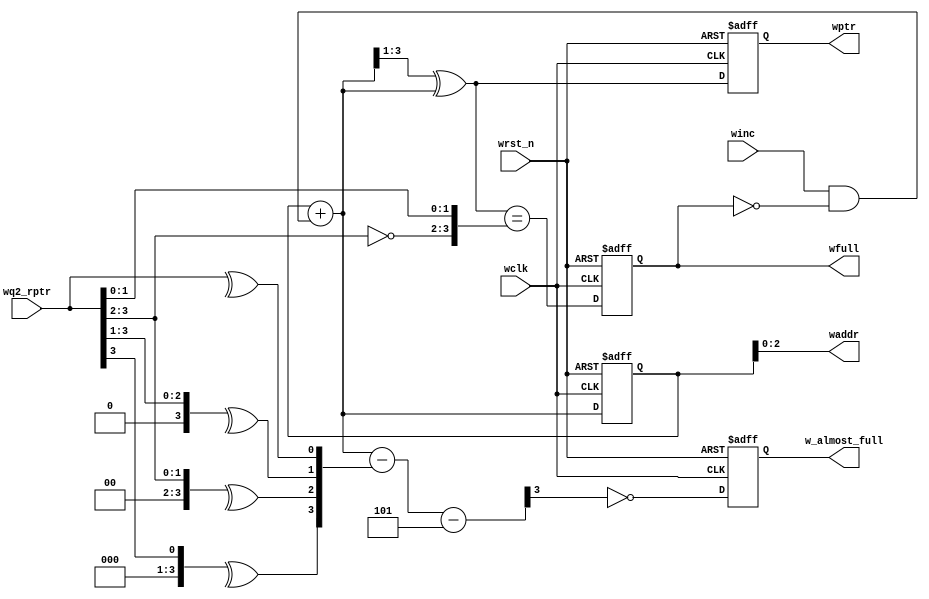
module wptr_full
  #(parameter ADDRSIZE = 3,
    parameter ALMOST_FULL_SIZE=5
    )
  (output reg wfull,
   output reg w_almost_full,
   output [ADDRSIZE-1:0] waddr,
   output reg [ADDRSIZE :0] wptr,
   input [ADDRSIZE :0] wq2_rptr,
   input winc, wclk, wrst_n);
   reg [ADDRSIZE:0] wbin;
   wire [ADDRSIZE:0] wgraynext, wbinnext;
   reg [ADDRSIZE :0] wq2_rptr_bin;
   integer 	     i;
   // GRAYSTYLE2 pointer
   always @(posedge wclk or negedge wrst_n)
     if (!wrst_n) {wbin, wptr} <= 0;
     else {wbin, wptr} <= {wbinnext, wgraynext};
   // Memory write-address pointer (okay to use binary to address memory)
   assign waddr = wbin[ADDRSIZE-1:0];
   assign wbinnext = wbin + (winc & ~wfull);
   assign wgraynext = (wbinnext>>1) ^ wbinnext;
   // Simplified version of the three necessary full-tests:
   // assign wfull_val=((wgnext[ADDRSIZE] !=wq2_rptr[ADDRSIZE] ) &&
   // (wgnext[ADDRSIZE-1] !=wq2_rptr[ADDRSIZE-1]) &&
   // (wgnext[ADDRSIZE-2:0]==wq2_rptr[ADDRSIZE-2:0]));
   wire wfull_val = (wgraynext ==
		     {~wq2_rptr[ADDRSIZE:ADDRSIZE-1],wq2_rptr[ADDRSIZE-2:0]});
   // Gray code to Binary code conversion
   always @(wq2_rptr)
     for (i=0; i<(ADDRSIZE+1); i=i+1)
       wq2_rptr_bin[i] = ^ (wq2_rptr >> i);
   wire [ADDRSIZE :0] subtract = wbinnext - wq2_rptr_bin - ALMOST_FULL_SIZE;
   wire w_almost_full_val = ~subtract[ADDRSIZE];
   always @(posedge wclk or negedge wrst_n)
     if (!wrst_n) begin
	wfull <= 1'b0;
	w_almost_full <= 1'b 0;
     end
     else begin
	wfull <= wfull_val;
	w_almost_full <= w_almost_full_val;
     end
endmodule